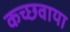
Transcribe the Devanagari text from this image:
कच्छवाया